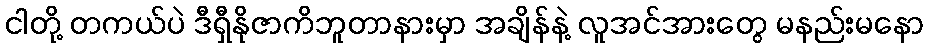
ငါတို့ တကယ်ပဲ ဒီရှီနိုဇာကိဘူတာနားမှာ အချိန်နဲ့ လူအင်အားတွေ မနည်းမနော